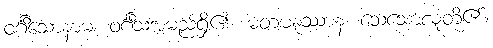
ဝင်္ဂီသောနာမ၊ ဝင်္ဂီသအမည်ရှိ၏။ မတမနူဿာနံ၊ သေသောလူတို့၏။